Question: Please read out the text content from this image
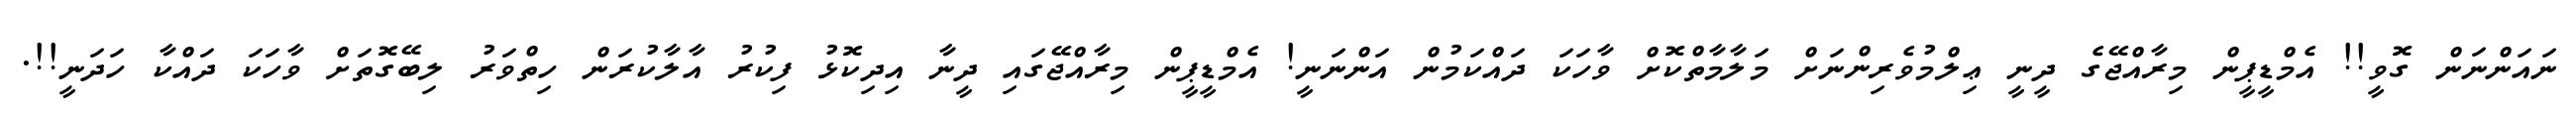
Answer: ނައަންނަން ގޮވީ!! އެމްޑީޕީން މިރާއްޖޭގެ ދީނީ ޢިލްމުވެރިންނަށް މަލާމާތްކޮށް ވާހަކަ ދައްކަމުން އަންނަނީ! އެމްޑީޕީން މިރާއްޖޭގައި ދީނާ އިދިކޮޅު ފިކުރު އާލާކުރަން ހިތްވަރު ލިބޭގޮތަށް ވާހަކަ ދައްކާ ހަދަނީ!!.